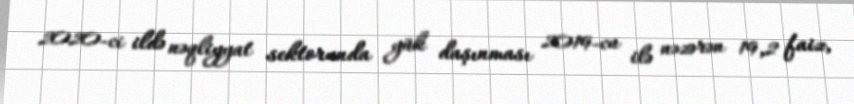
2020-ci ildə nəqliyyat sektorunda yük daşınması 2019-cu ilə nəzərən 19,2 faiz,